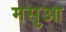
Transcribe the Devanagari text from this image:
मसुआ